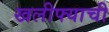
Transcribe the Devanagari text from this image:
खलीफ्याची